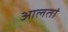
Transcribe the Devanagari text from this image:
आलतां